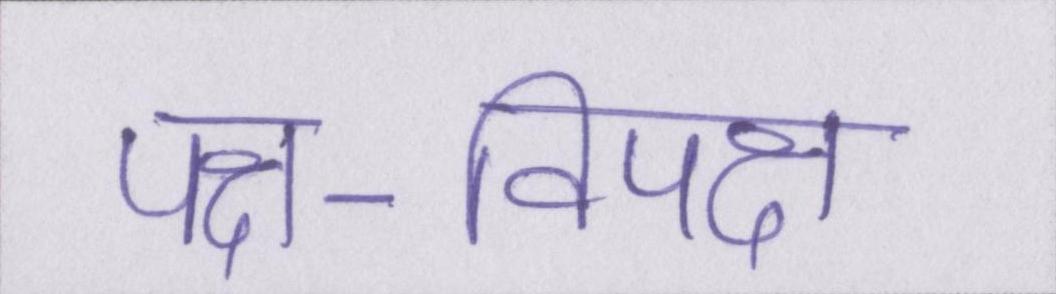
पक्ष-विपक्ष